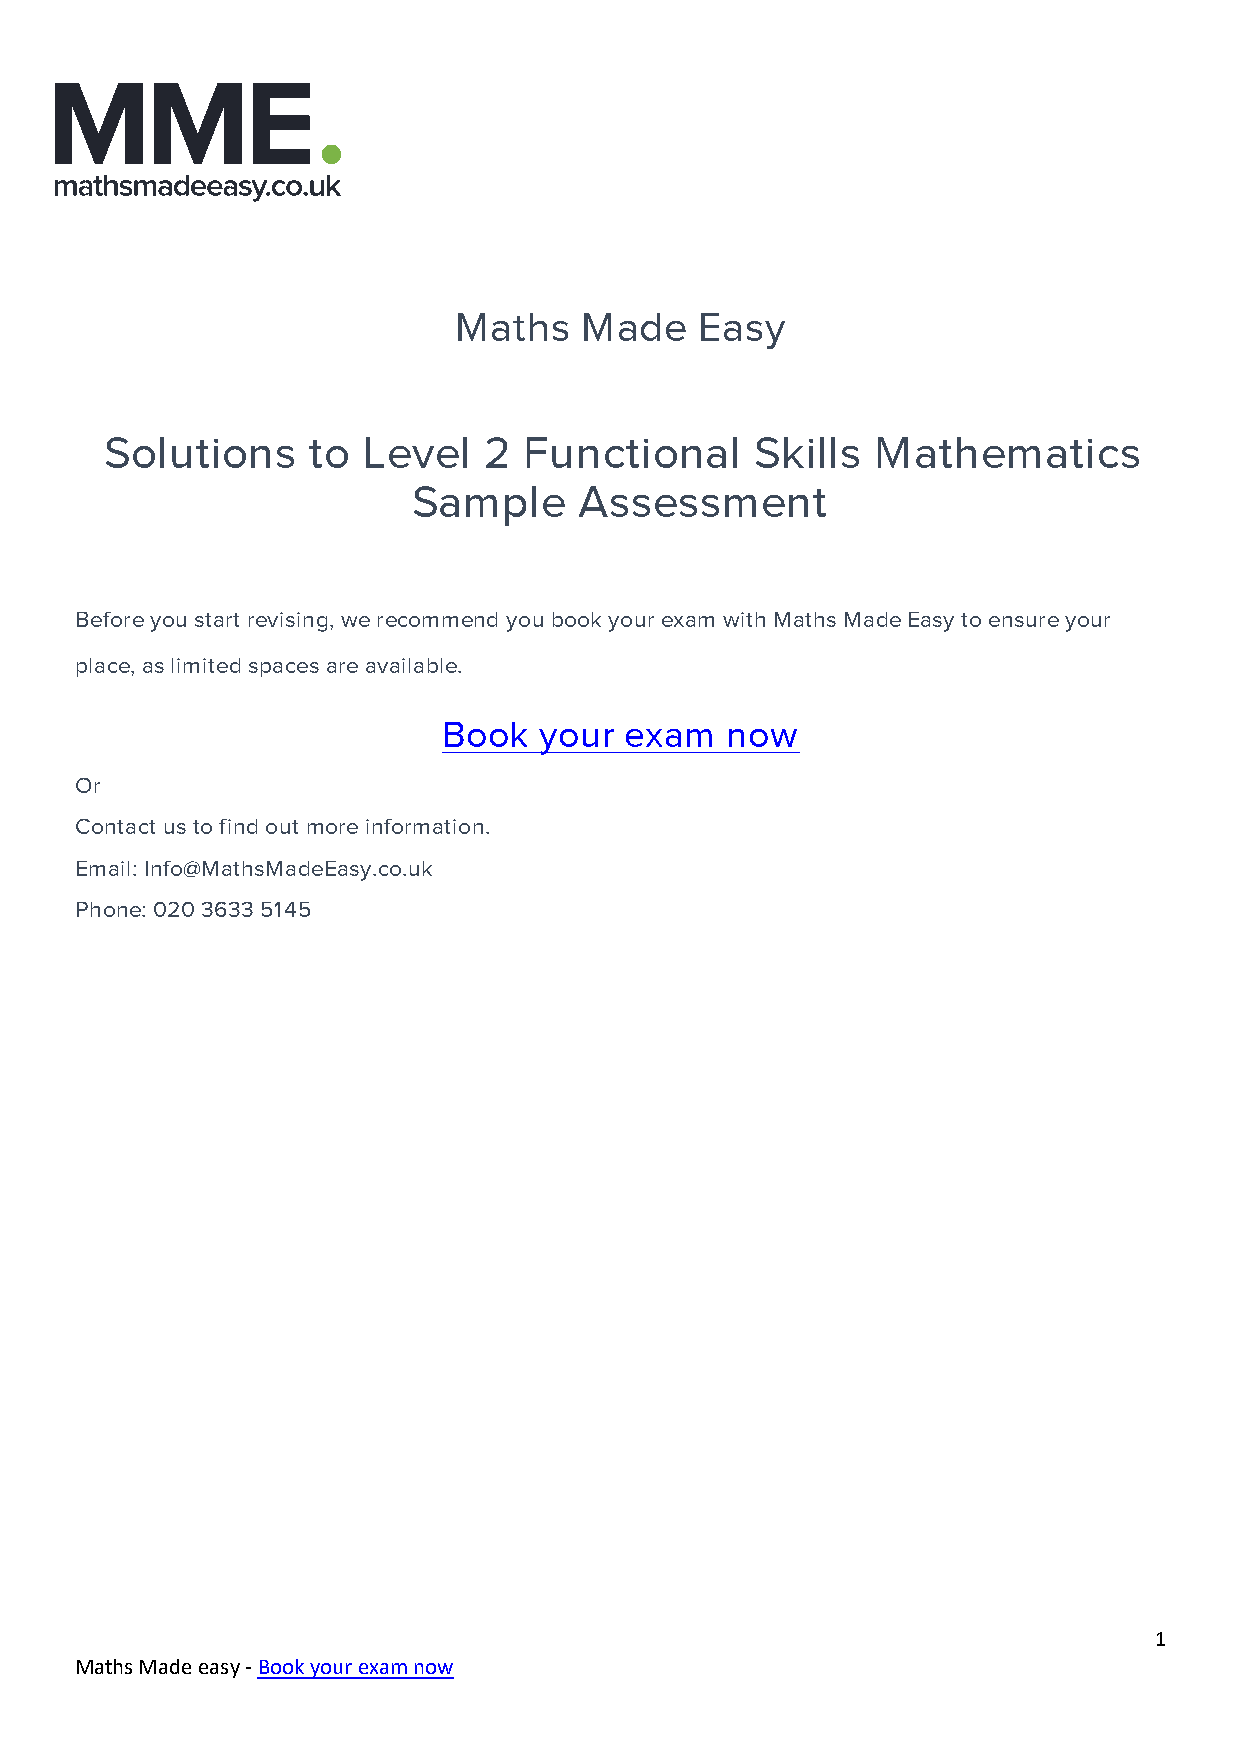
Maths   Made    Easy
 Solutions    to  Level   2  Functional     Skills  Mathematics
 Sample     Assessment
 Before you start revising, we recommend you book your exam with Maths Made Easy to ensure your
 place, as limited spaces are available.
 Book   your exam   now
 Or
 Contact us to find out more information.
 Email: Info@MathsMadeEasy.co.uk
 Phone: 020 3633 5145
 1
 Maths Made easy - Book your exam now